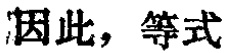
因此，等式